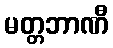
မတ္တဘာဏီ